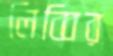
লিব্বির